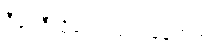
ဒီရေဒီယိုပေါ့။ ပျက်နေတယ်။